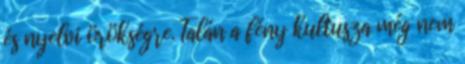
és nyelvi örökségre. Talán a fény kultusza még nem